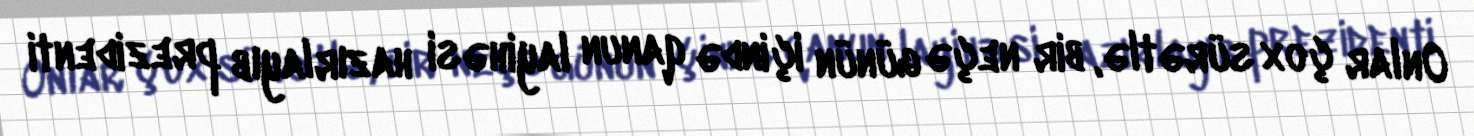
Onlar çox sürətlə, bir neçə günün içində qanun layihəsi hazırlayıb prezidenti